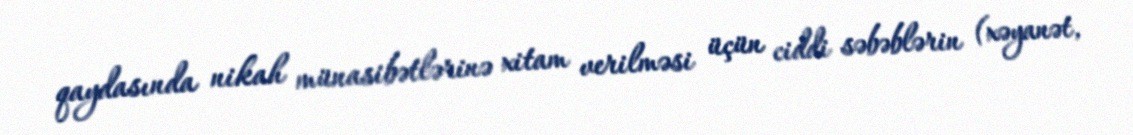
qaydasında nikah münasibətlərinə xitam verilməsi üçün ciddi səbəblərin (xəyanət,